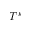
T ^ { k }